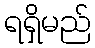
ရရှိမည်